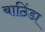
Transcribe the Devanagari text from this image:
बाठिंडा